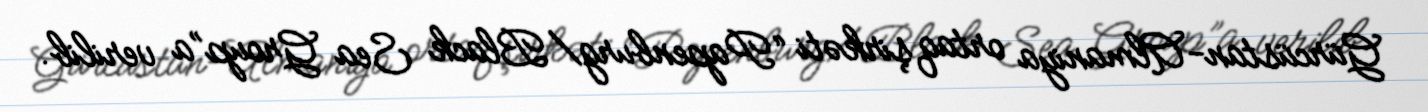
Gürcüstan-Almaniya ortaq şirkəti “Papenburg/Black Sea Group”a verilib.